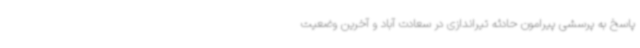
پاسخ به پرسشی پیرامون حادثه تیراندازی در سعادت آباد و آخرین وضعیت